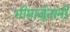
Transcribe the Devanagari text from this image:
भीमार्जुनांनी